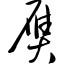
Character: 赝